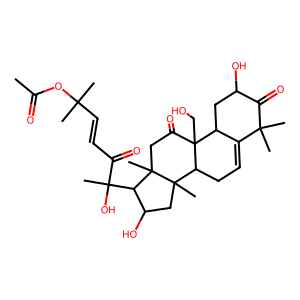
SMILES: CC(=O)OC(C)(C)C=CC(=O)C(C)(O)C1C(O)CC2(C)C3CC=C4C(CC(O)C(=O)C4(C)C)C3(CO)C(=O)CC12C
Inhibits HIV replication: No